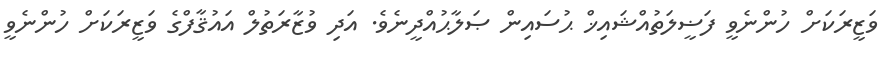
ވަޒީރަކަށް ހުންނެވީ ފަޟީލަތުއްޝައިޚް ޙުސައިން ޞަލާޙުއްދީނެވެ. އަދި ވުޒާރަތުލް އައުޤާފްގެ ވަޒީރަކަށް ހުންނެވީ